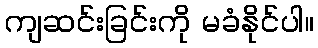
ကျဆင်းခြင်းကို မခံနိုင်ပါ။